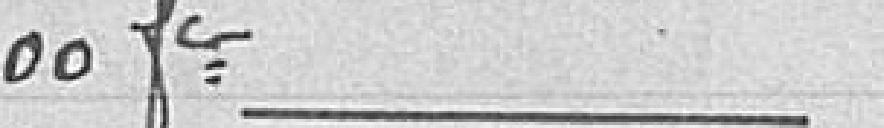
800 francs - 8000